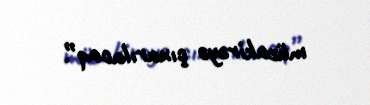
müzakirəyə çıxarılacaq”.